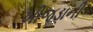
ખીજડાની